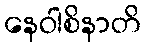
နေဝါစိနာတိ